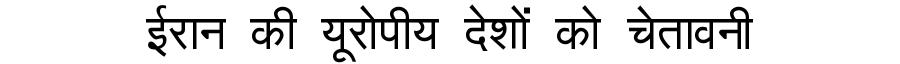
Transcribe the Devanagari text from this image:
ईरान की यूरोपीय देशों को चेतावनी